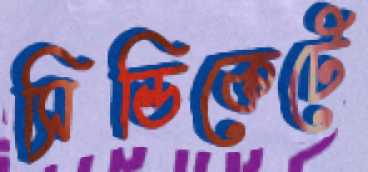
সিন্ডিকেটে